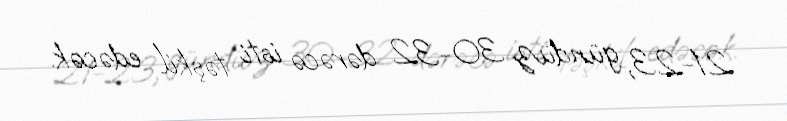
21-23, gündüz 30-32 dərəcə isti təşkil edəcək.